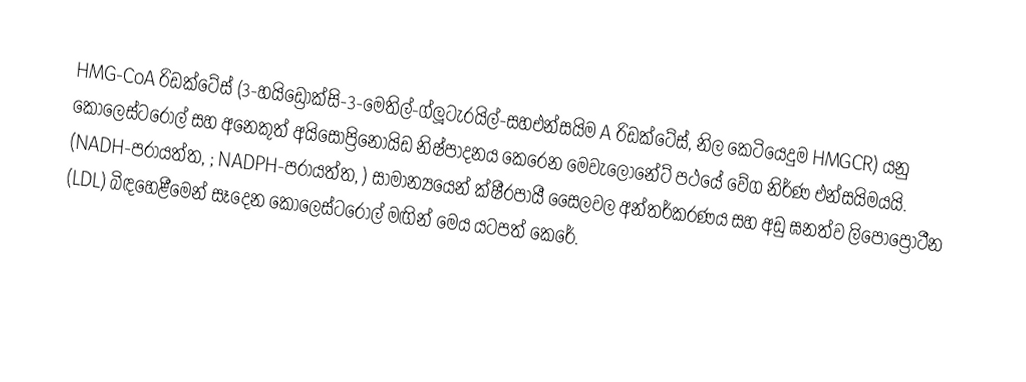
HMG-CoA රිඩක්ටේස් (3-හයිඩ්‍රොක්සි-3-මෙතිල්-ග්ලූටැරයිල්-සහඑන්සයිම A රිඩක්ටේස්, නිල කෙටියෙදුම HMGCR) යනු කොලෙස්ටරොල් සහ අනෙකුත් අයිසොප්‍රිනොයිඩ නිෂ්පාදනය කෙරෙන මෙවැලොනේට් පථයේ වේග නිර්ණ එන්සයිමයයි. (NADH-පරායත්ත, ; NADPH-පරායත්ත, ) සාමාන්‍යයෙන් ක්ෂීරපායී සෛලවල අන්තර්කරණය සහ අඩු ඝනත්ව ලිපෝප්‍රෝටීන (LDL) බිඳහෙළීමෙන් සෑදෙන කොලෙස්ටරොල් මඟින් මෙය යටපත් කෙරේ.